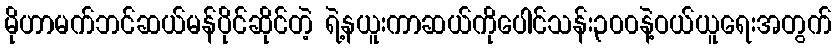
မိုဟာမက်ဘင်ဆယ်မန်ပိုင်ဆိုင်တဲ့ ရဲ့နယူးကာဆယ်ကိုပေါင်သန်း၃၀၀နဲ့ဝယ်ယူရေးအတွက်